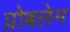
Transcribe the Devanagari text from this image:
प्रोबलेम